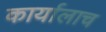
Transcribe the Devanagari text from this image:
कार्यालाच